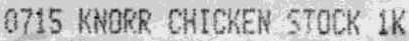
0715 KNORR CHICKEN STOCK 1K